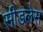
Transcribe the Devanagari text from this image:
सीडलेस